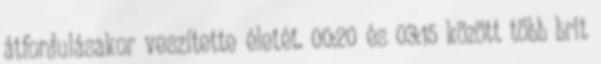
átfordulásakor veszítette életét. 00:20 és 03:15 között több brit